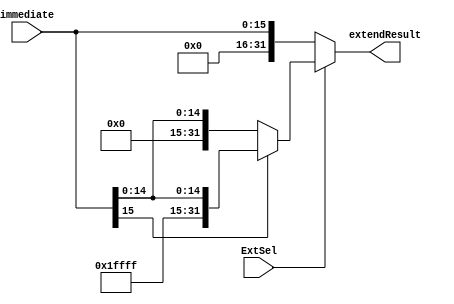
`timescale 1ns / 1ps
module SignZeroExtend(
input [15:0] immediate,
input ExtSel,
output wire [31:0] extendResult
  );

assign extendResult = ExtSel?(immediate[15]==0?{16'h0000,immediate}:{16'hffff,immediate}):{16'h0000,immediate};


endmodule